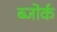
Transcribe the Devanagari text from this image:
ब्जोर्क